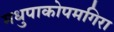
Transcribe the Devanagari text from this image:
मधुपाकोपमगिरा